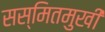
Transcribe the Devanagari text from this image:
सस्मितमुखी